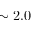
\sim 2 . 0